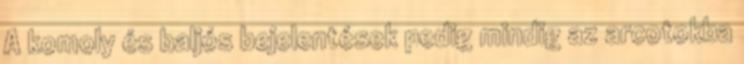
A komoly és baljós bejelentések pedig mindig az arcotokba